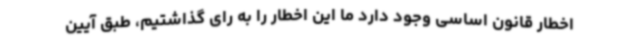
اخطار قانون اساسی وجود دارد ما این اخطار را به رای گذاشتیم، طبق آیین